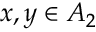
x , y \in A _ { 2 }